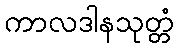
ကာလဒါနသုတ္တံ